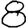
Digit: 8